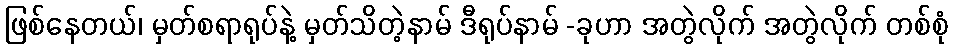
ဖြစ်နေတယ်၊ မှတ်စရာရုပ်နဲ့ မှတ်သိတဲ့နာမ် ဒီရုပ်နာမ် -ခုဟာ အတွဲလိုက် အတွဲလိုက် တစ်စုံ